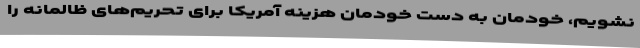
نشویم، خودمان به دست خودمان هزینه آمریکا برای تحریم‌های ظالمانه را